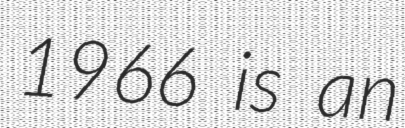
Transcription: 1966 is an